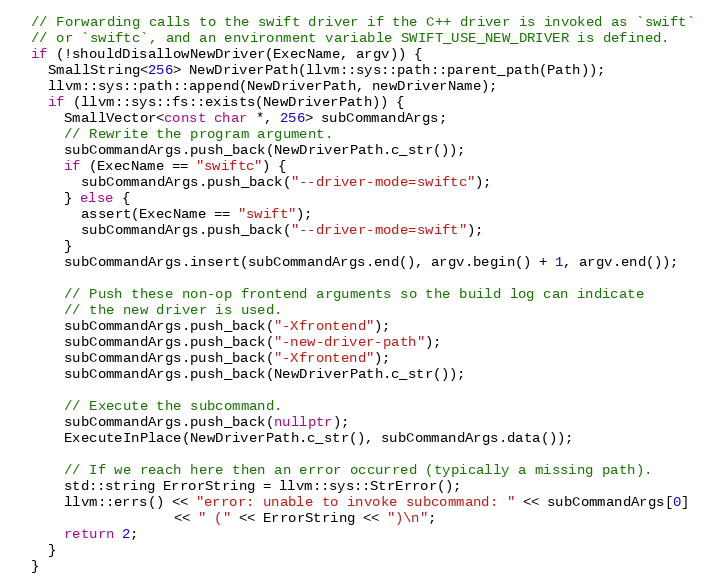
Language: C++
  // Forwarding calls to the swift driver if the C++ driver is invoked as `swift`
  // or `swiftc`, and an environment variable SWIFT_USE_NEW_DRIVER is defined.
  if (!shouldDisallowNewDriver(ExecName, argv)) {
    SmallString<256> NewDriverPath(llvm::sys::path::parent_path(Path));
    llvm::sys::path::append(NewDriverPath, newDriverName);
    if (llvm::sys::fs::exists(NewDriverPath)) {
      SmallVector<const char *, 256> subCommandArgs;
      // Rewrite the program argument.
      subCommandArgs.push_back(NewDriverPath.c_str());
      if (ExecName == "swiftc") {
        subCommandArgs.push_back("--driver-mode=swiftc");
      } else {
        assert(ExecName == "swift");
        subCommandArgs.push_back("--driver-mode=swift");
      }
      subCommandArgs.insert(subCommandArgs.end(), argv.begin() + 1, argv.end());

      // Push these non-op frontend arguments so the build log can indicate
      // the new driver is used.
      subCommandArgs.push_back("-Xfrontend");
      subCommandArgs.push_back("-new-driver-path");
      subCommandArgs.push_back("-Xfrontend");
      subCommandArgs.push_back(NewDriverPath.c_str());

      // Execute the subcommand.
      subCommandArgs.push_back(nullptr);
      ExecuteInPlace(NewDriverPath.c_str(), subCommandArgs.data());

      // If we reach here then an error occurred (typically a missing path).
      std::string ErrorString = llvm::sys::StrError();
      llvm::errs() << "error: unable to invoke subcommand: " << subCommandArgs[0]
                   << " (" << ErrorString << ")\n";
      return 2;
    }
  }